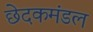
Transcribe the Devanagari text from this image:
छेदकमंडल